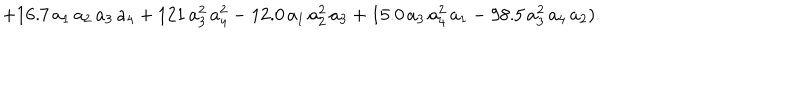
+ 1 6 . 7 \, a _ { 1 } \, a _ { 2 } \, a _ { 3 } \, a _ { 4 } + 1 2 1 \, a _ { 3 } ^ { 2 } \, a _ { 4 } ^ { 2 } - 1 2 . 0 \, a _ { 1 } \, a _ { 2 } ^ { 2 } \, a _ { 3 } + 1 5 . 0 \, a _ { 3 } \, a _ { 4 } ^ { 2 } \, a _ { 1 } - 9 8 . 5 \, a _ { 3 } ^ { 2 } \, a _ { 4 } \, a _ { 2 } ) .